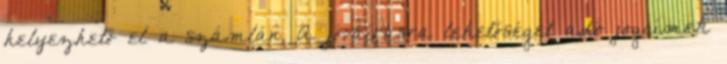
helyezhető el a számlán. A jóváírásra lehetőséget adó jogcímek